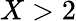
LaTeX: X>2